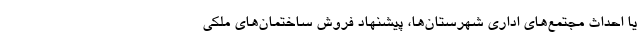
یا احداث مجتمع‌های اداری شهرستان‌ها، پیشنهاد فروش ساختمان‌های ملکی